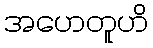
အဟေတူဟိ